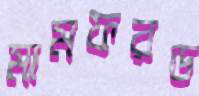
মামফরড